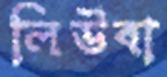
লিউবা